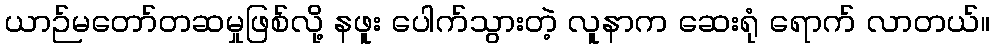
ယာဉ်မတော်တဆမှုဖြစ်လို့ နဖူး ပေါက်သွားတဲ့ လူနာက ဆေးရုံ ရောက် လာတယ်။